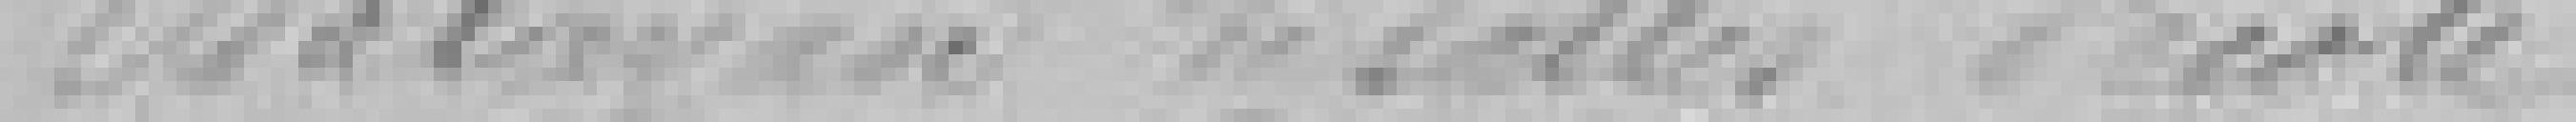
Balayage de salles d'école